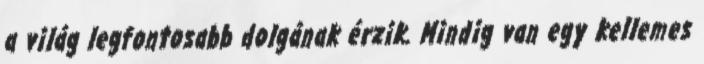
a világ legfontosabb dolgának érzik. Mindig van egy kellemes